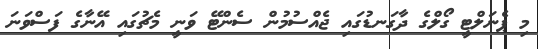
މި ޕެނަލްޓީ ގޯލްގެ ދާގަނޑުގައި ޖެއްސުމުން ސެންޓޭ ވަނީ މެޗުގައި އޭނާގެ ފަސްވަނަ